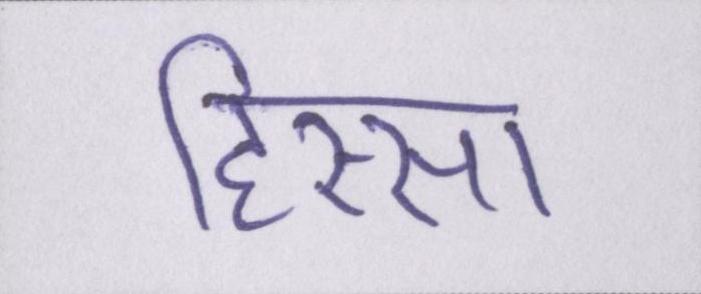
हिस्सा